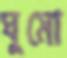
ঘুমো